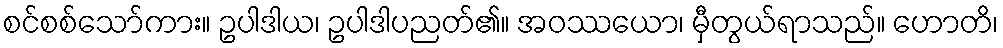
စင်စစ်သော်ကား။ ဥပါဒါယ၊ ဥပါဒါပညတ်၏။ အဝဿယော၊ မှီတွယ်ရာသည်။ ဟောတိ၊